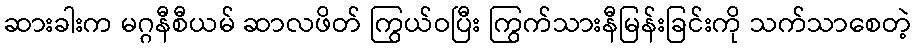
ဆားခါးက မဂ္ဂနီစီယမ် ဆာလဖိတ် ကြွယ်ဝပြီး ကြွက်သားနီမြန်းခြင်းကို သက်သာစေတဲ့